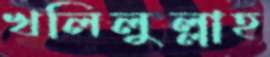
খলিলুল্লাহ